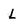
Character: L